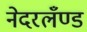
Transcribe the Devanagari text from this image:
नेदरलँण्ड